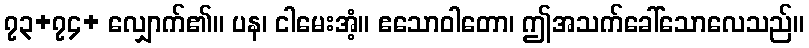
၇၃+၇၄+ လျှောက်၏။ ပန၊ ငါမေးအံ့။ ဧသောဝါတော၊ ဤအသက်ခေါ်သောလေသည်။